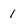
Character: 1